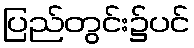
ပြည်တွင်း၌ပင်